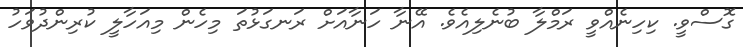
ގޮސްވީ. ކިހިނެއްވީ ރަމްލާ ބުނެލިއެވެ. އޭނާ ހަނާއަށް ރަނގަޅުތަ މިހެން މިއަހާލީ ކުރިންދުވަހު